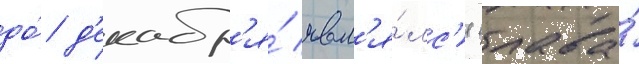
до́ д'екабр'я́ явл'я́лс'я глава́